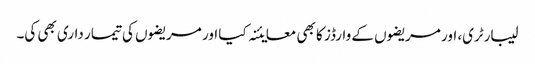
لیبارٹری، اور مریضوں کے وارڈز کا بھی معایئنہ کیا اور مریضوں کی تیمار داری بھی کی۔